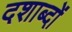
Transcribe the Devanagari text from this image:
दशाब्दों